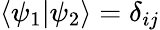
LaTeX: \left\langle\psi_{1}|\psi_{2}\right\rangle=\delta_{ij}